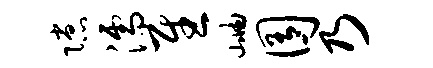
隙濡慰岫囿乃